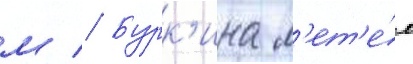
м // Бурк'ина л'ет'е́л